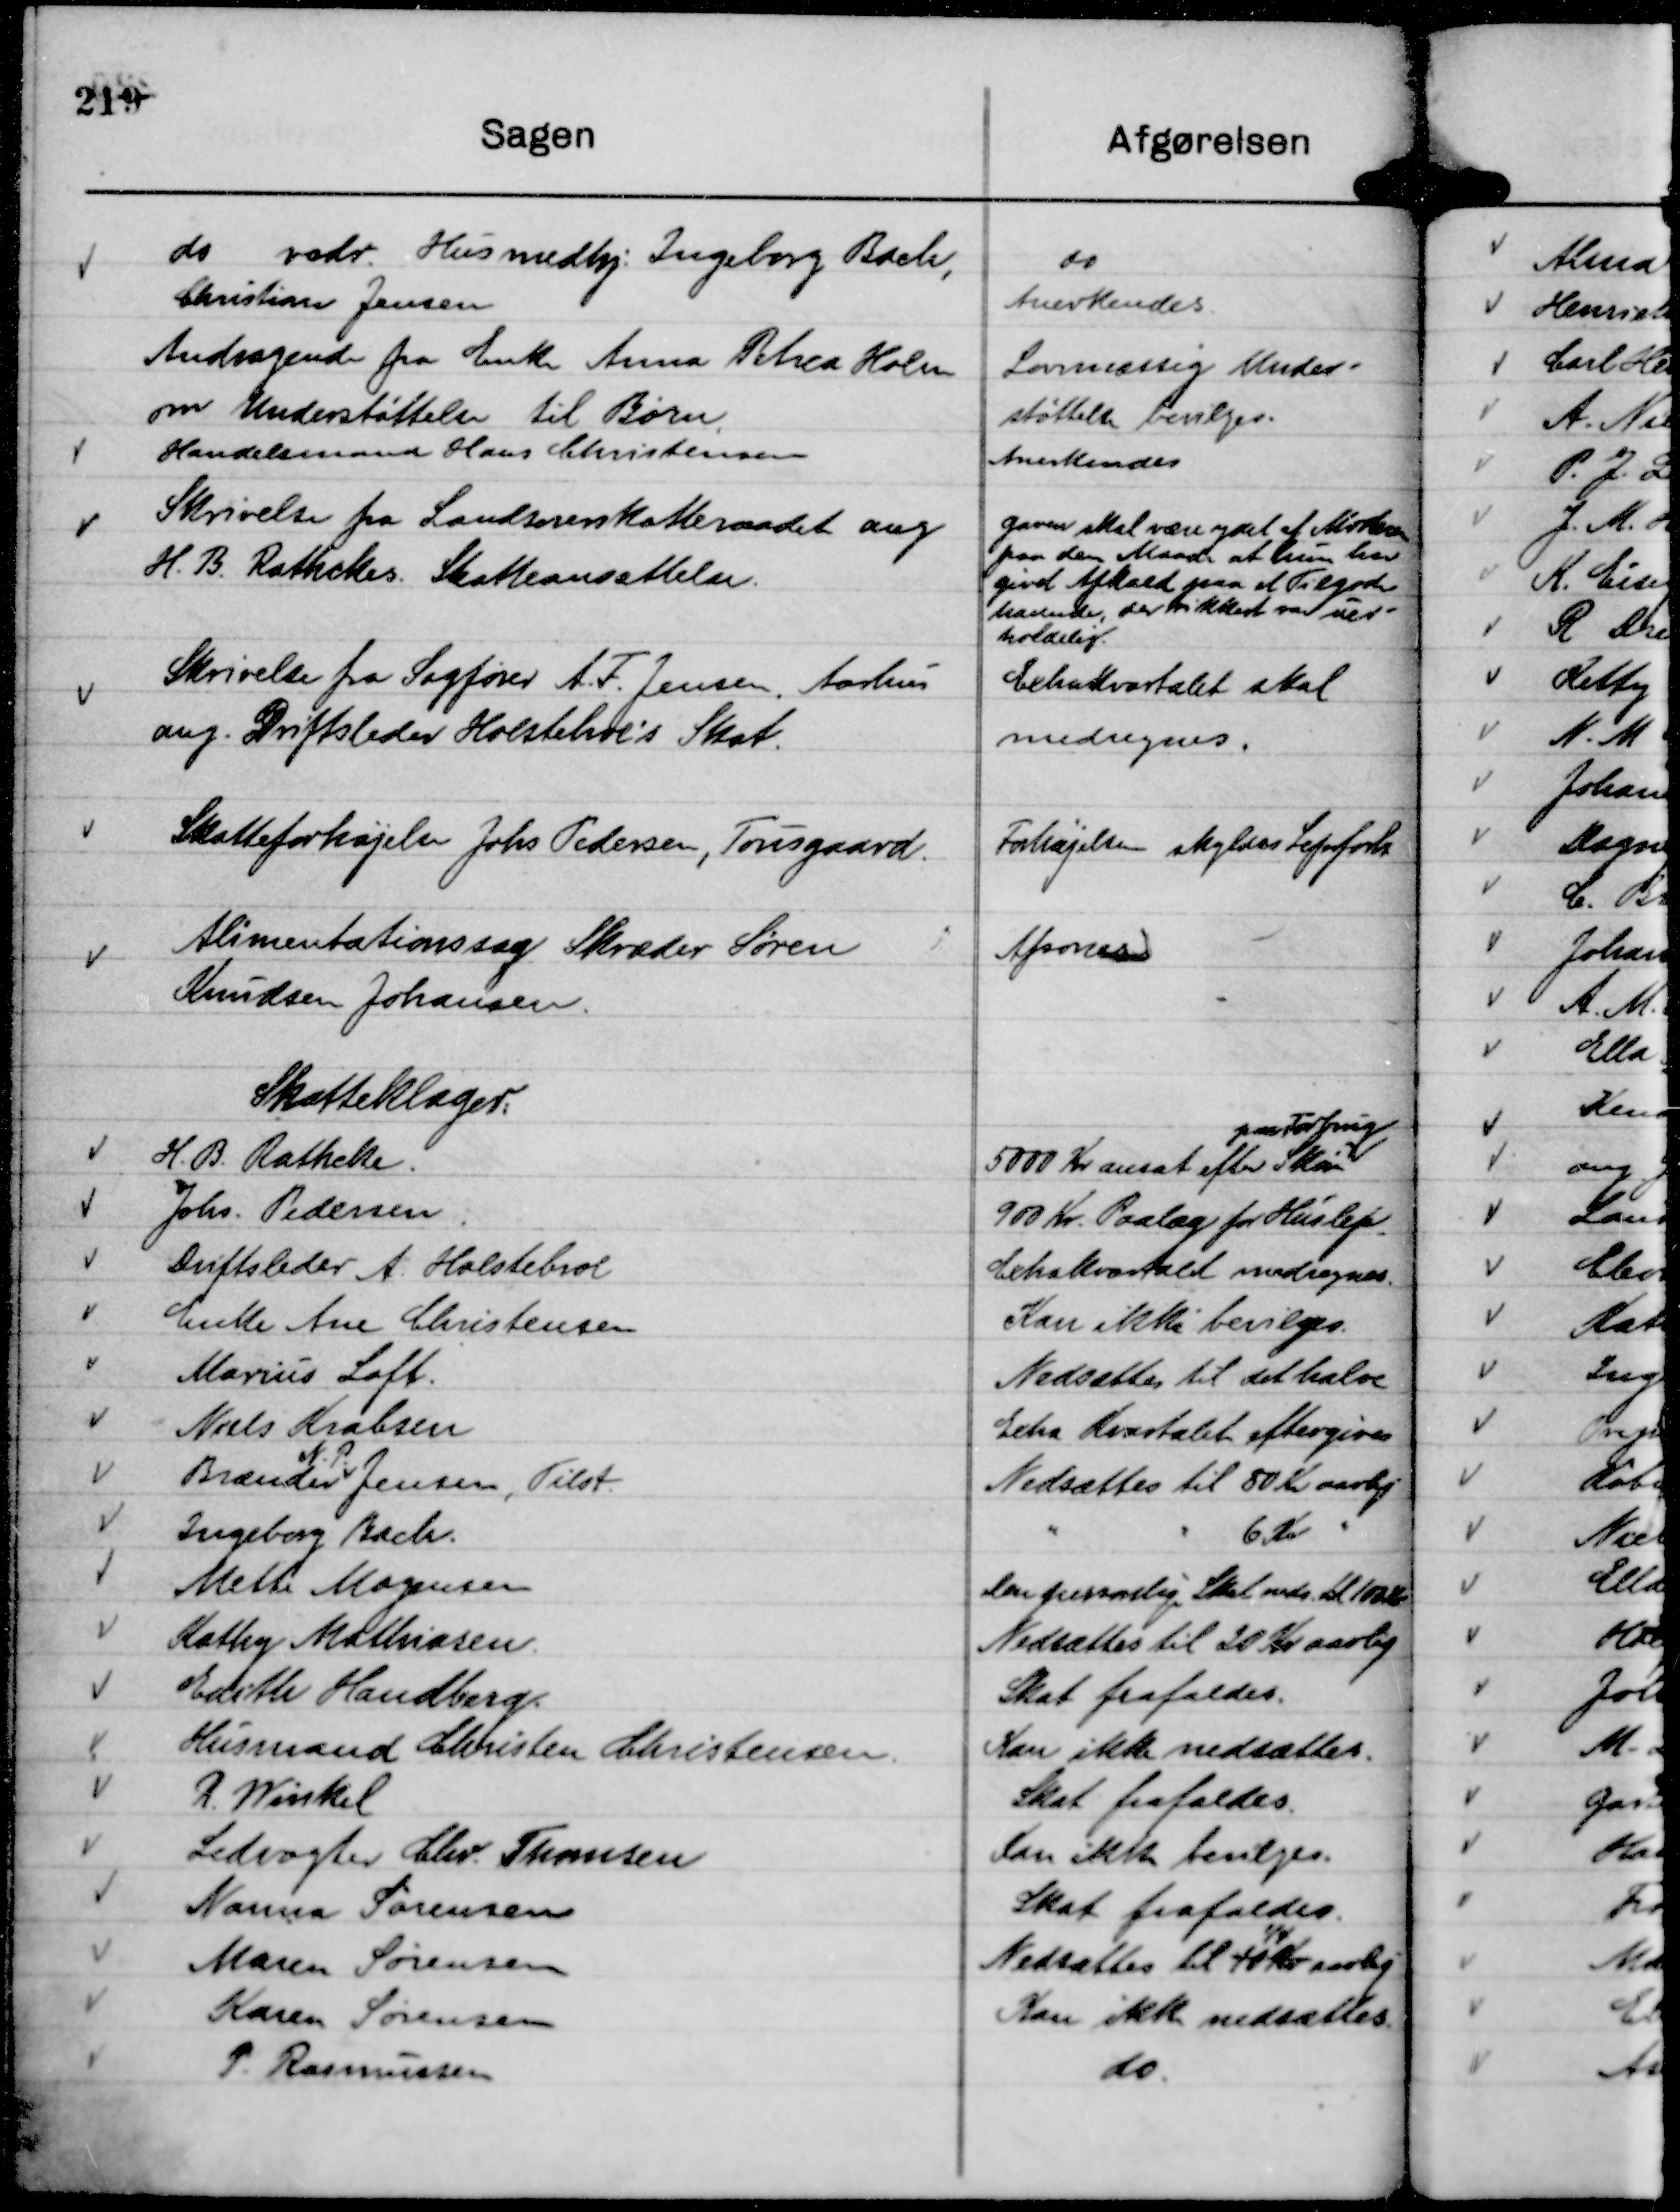
Transskription:
do vedr. Husmedhj. Ingeborg Bach,
Christiane Jensen

do
Anerkendes.

Andragende fra Enke Anna Petrea Holm
om Understøttelse til Børn.

Lovmæssig Under-
støttelse bevilges.

Handelsmand Hans Christensen

Anerkendes

Skrivelse fra Landsoverskatteraadet ang
H. B. Rathckes Skatteansættelse.

Gaven skal være ydet af Mortsen
paa den Maade at hun har
givet Afkald paa et Tilgode-
havende, der sikkert var uer-
holdelig.

Skrivelse fra Sagfører A. F. Jensen, Aarhus
ang. Driftsleder Holstebroe's Skat.

Exstrakvartalet skal
medregnes.

Skatteforhøjelse Johs Pedersen, Tousgaard.

Forhøjelsen skyldes Lejeforh.

Alimentationssag Skræder Søren
Knudsen Johansen.

Afsones